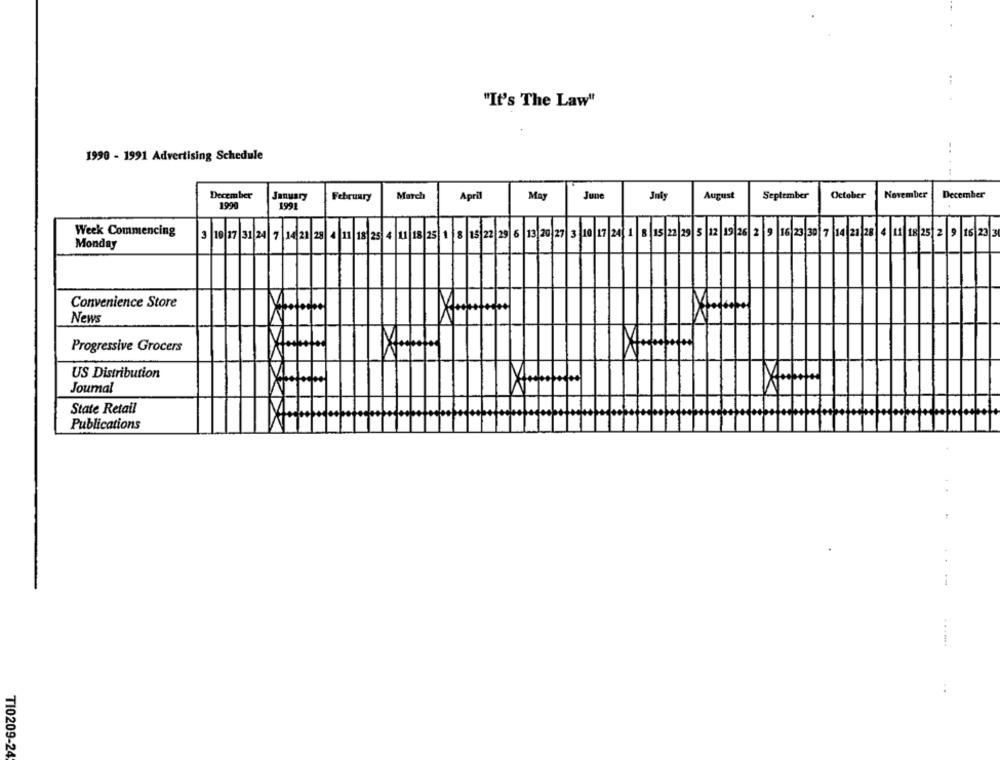
"It's The Law"
1990 - 1991 Advertising Schedule
December
January
February
March
April
May
June
July
August
September
October
November
December
1990
1991
Week Commencing
3 10 17 31 24 7 |14 21 28 4 11 18 25 4 11 18 25 1 8 15 22 29 6 13 20 27 3 10 17 24 1 8 15 22 29 5 12 19 26 2 9 16 23 30 7 14 21 28 4 11 18 25 2 9 16 23 3
Monday
Convenience Store
News
Progressive Grocers
US Distribution
Journal
State Retail
Publications
T10209-24